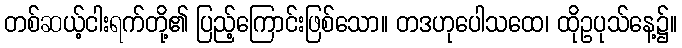
တစ်ဆယ့်ငါးရက်တို့၏ ပြည့်ကြောင်းဖြစ်သော။ တဒဟုပေါသထေ၊ ထိုဥပုသ်နေ့၌။